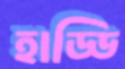
হাড্ডি